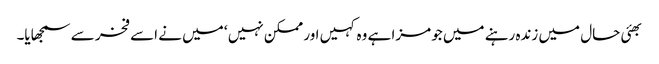
بھئی حال میں زندہ رہنے میں جو مزا ہے وہ کہیں اور ممکن نہیں ‘ میں نے اسے فخر سے سمجھایا۔